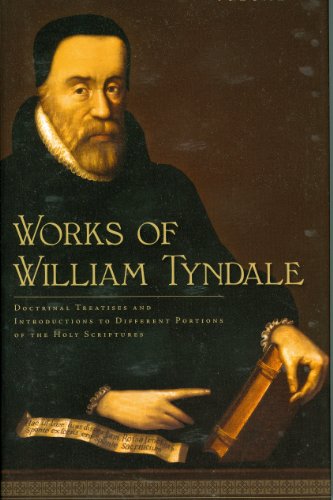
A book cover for Works of William Tyndale- 2 volumes; William Tyndale; Christian Books & Bibles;